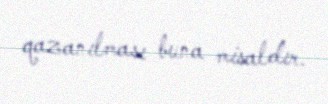
qazanılması buna misaldır.